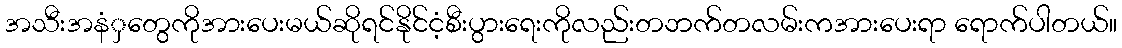
အသီးအနံှတွေကိုအားပေးမယ်ဆိုရင်နိုင်ငံ့စီးပွားရေးကိုလည်းတဘက်တလမ်းကအားပေးရာ ရောက်ပါတယ်။